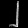
Digit: ၂